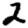
Digit: 2